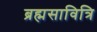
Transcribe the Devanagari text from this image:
ब्रह्मसावित्रि